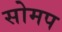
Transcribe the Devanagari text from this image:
सोमप